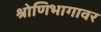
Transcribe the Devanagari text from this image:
श्रोणिभागावर